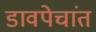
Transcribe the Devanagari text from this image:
डावपेचांत